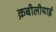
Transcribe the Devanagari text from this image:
क़बीलीयाई